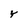
Character: Y